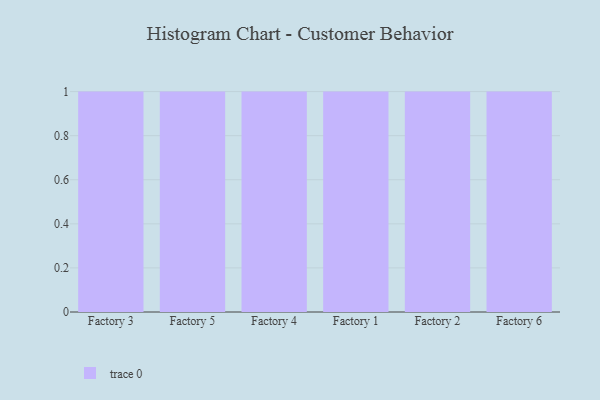
{"axis": {"x": "Factory", "y": "Production Output"}, "legend": [""], "data": [{"x": "Factory 3", "y": 65, "type": ""}, {"x": "Factory 5", "y": 66, "type": ""}, {"x": "Factory 4", "y": 88, "type": ""}, {"x": "Factory 1", "y": 25, "type": ""}, {"x": "Factory 2", "y": 24, "type": ""}, {"x": "Factory 6", "y": 84, "type": ""}]}